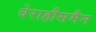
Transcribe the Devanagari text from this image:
वेराहौसमैन